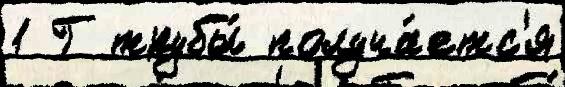
1 Г трубы́ получа́етс'я